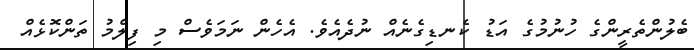
ބެލުންތެރީންގެ ހުނުމުގެ އަޑު ކެނޑިގެނެއް ނުދެއެވެ. އެހެން ނަމަވެސް މި ފިލްމު ތަންކޮޅެއް